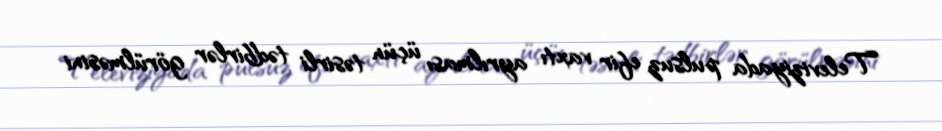
Televiziyada pulsuz efir vaxtı ayrılması üçün təsirli tədbirlər görülməsini